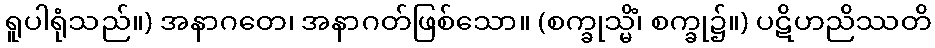
ရူပါရုံသည်။) အနာဂတေ၊ အနာဂတ်ဖြစ်သော။ (စက္ခုသ္မိံ၊ စက္ခု၌။) ပဋိဟညိဿတိ